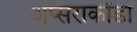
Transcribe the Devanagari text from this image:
अप्सराकोंडा